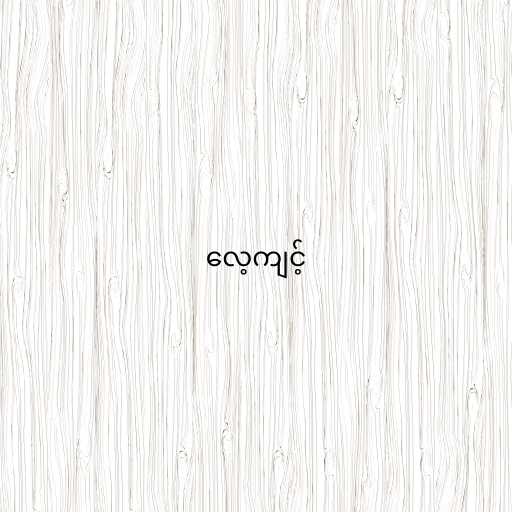
လေ့ကျင့်